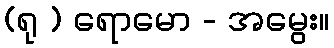
(ရု ) ရောမော - အမွေး။